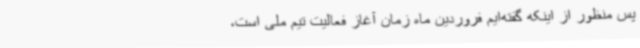
پس منظور از اینکه گفته‌ایم فروردین ماه زمان آغاز فعالیت تیم ملی است،